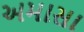
અમાસા